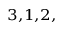
^ { 3 , 1 , 2 , }